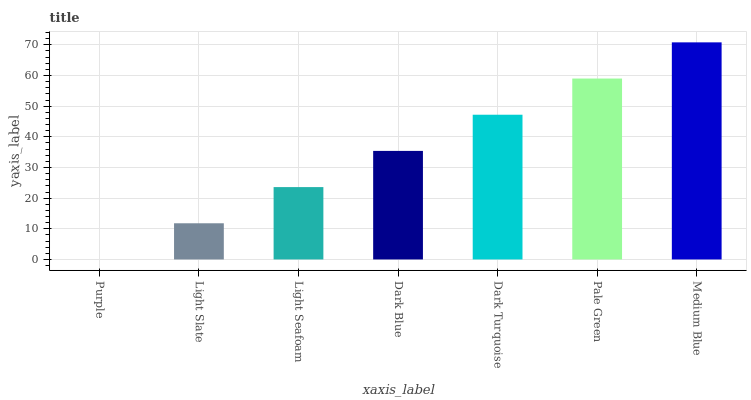
| xaxis_label | bars |
 | --- | --- |
 | Purple | 0 |
 | Light Slate | 11.8 |
 | Light Seafoam | 23.6 |
 | Dark Blue | 35.4 |
 | Dark Turquoise | 47.2 |
 | Pale Green | 59 |
 | Medium Blue | 70.8 |